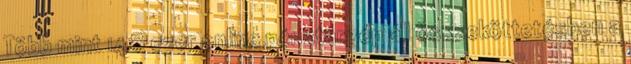
Több mint 148 ezer online pénztárgép áll összeköttetésben a